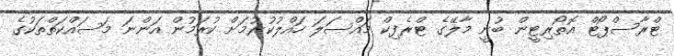
ޓްރާސްޕޯޓް އޮތޯރިޓީން ބުނީ މާލޭގެ ޓްރެފިކް މައްސަލަ ހައްލުކުރުމަށް ކުރަމުން އަންނަ މަސައްކަތްތަކުގެ